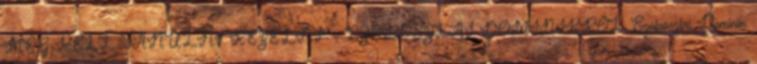
MEG KELL TANULNI KEZELNI” – SZOBOSZLAI DOMINIKRÓL Szoboszlai Dominik